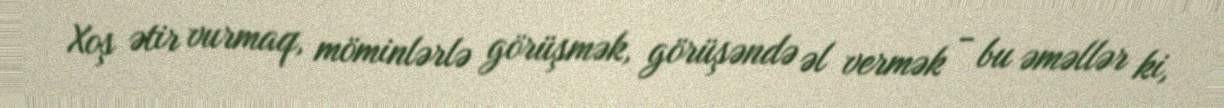
Xoş ətir vurmaq, möminlərlə görüşmək, görüşəndə əl vermək - bu əməllər ki,